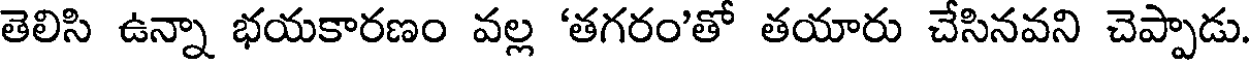
తెలిసి ఉన్నా భయకారణం వల్ల 'తగరం'తో తయారు చేసినవని చెప్పాడు.